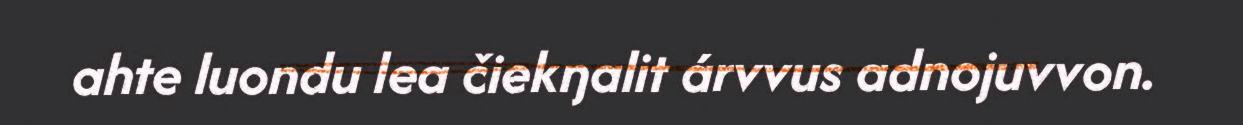
ahte luondu lea čiekŋalit árvvus adnojuvvon.